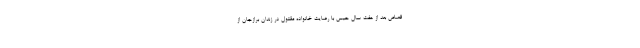
قصاص بعد از هفت سال حبس با رضایت خانواده مقتول در زندان برازجان از